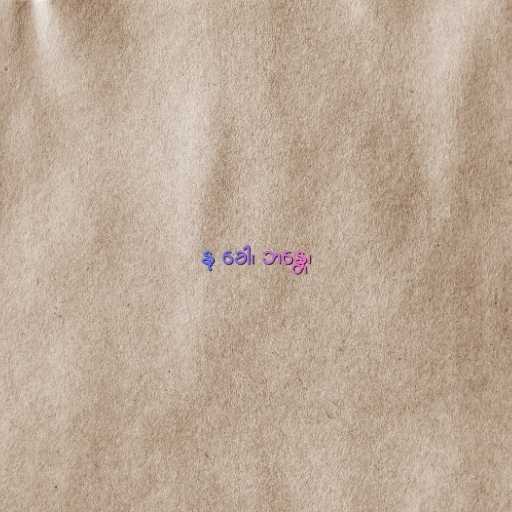
နု ခေါ၊ ဘန္တေ၊